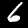
Digit: 6